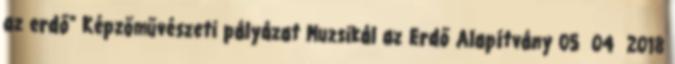
az erdő" Képzőművészeti pályázat Muzsikál az Erdő Alapítvány 05 04 2018